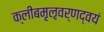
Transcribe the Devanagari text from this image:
क्लीबमृऌवर्णद्वयं